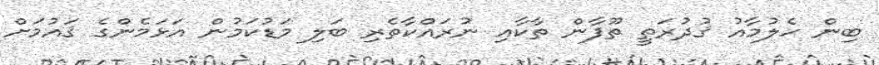
ބިން ހެލުމާއު ޤުދުރަތީ ތޫފާން ތާކާއި ނުރައްކާތެރި ބަލި މަޑުކަމުން އަޅަމެންގެ ޤައުމަށް